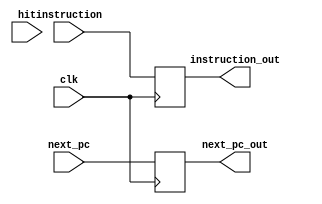
`timescale 1ns / 1ps

module if_id_register(
	input clk,
	input hit,
	input [31:0] next_pc,
	input [31:0] instruction,
	output reg [31:0] instruction_out = 0,
	output reg [31:0] next_pc_out = 0
	);
	
	 always @(negedge clk)begin
		instruction_out = instruction;
		next_pc_out = next_pc;
	 end

endmodule